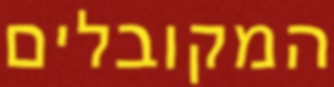
המקובלים